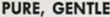
PURE. GENTLE